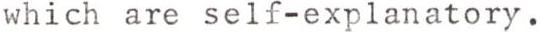
which are self-explanatory.